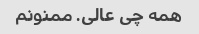
همه چی عالی. ممنونم